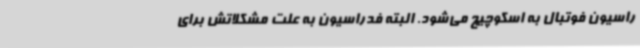
راسیون فوتبال به اسکوچیچ می‌شود. البته فدراسیون به علت مشکلاتش برای